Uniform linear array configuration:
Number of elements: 64
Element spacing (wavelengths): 0.5
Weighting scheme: hann
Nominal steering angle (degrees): -30
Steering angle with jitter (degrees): -31.464
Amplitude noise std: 0.05
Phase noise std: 0.05

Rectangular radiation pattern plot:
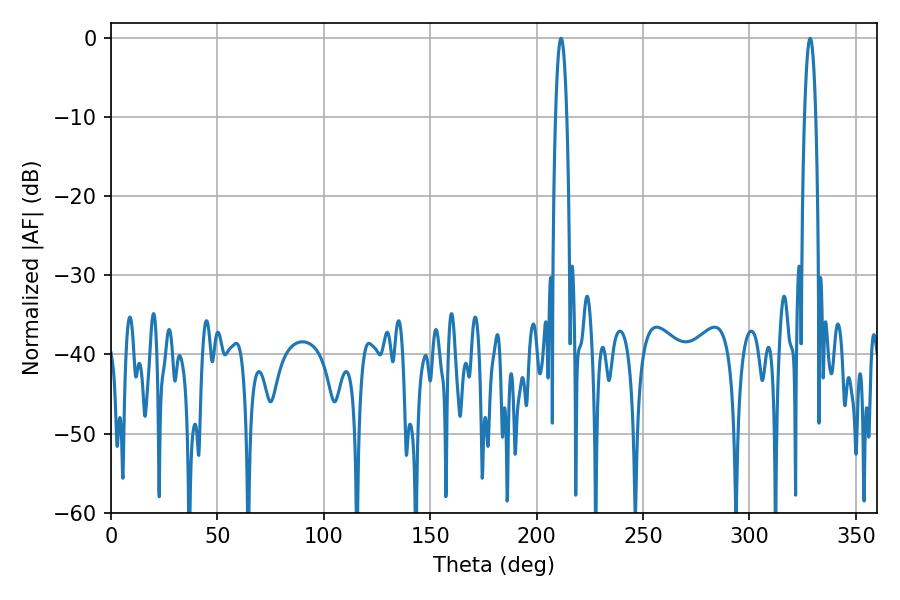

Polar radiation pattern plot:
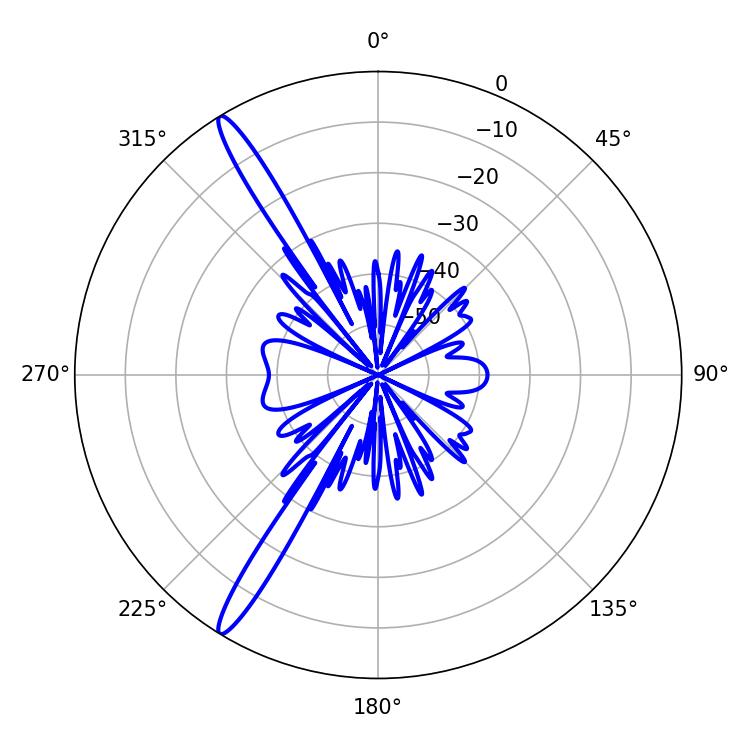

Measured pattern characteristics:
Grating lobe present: FALSE
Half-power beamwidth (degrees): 2.88
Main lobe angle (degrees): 328.5